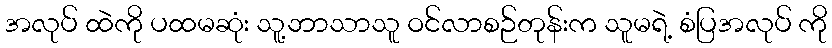
အလုပ် ထဲကို ပထမဆုံး သူ့ဘာသာသူ ဝင်လာစဉ်တုန်းက သူမရဲ့ စံပြအလုပ် ကို